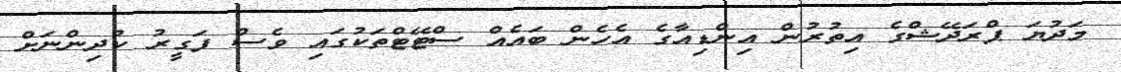
މަދުޔަ ޕްރަދޭޝްގެ އިތުރުން އިންޑިއާގެ އެހެން ބައެއް ސްޓޭޓްތަކުގައި ވެސް ފަގީރު ކުދިންނަށް